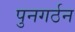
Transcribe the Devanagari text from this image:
पुनगर्ठन